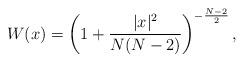
LaTeX: \begin{align*}W(x) = \left ( 1 + \frac{|x|^2}{N(N-2)} \right )^{-\frac{N-2}{2}},\end{align*}